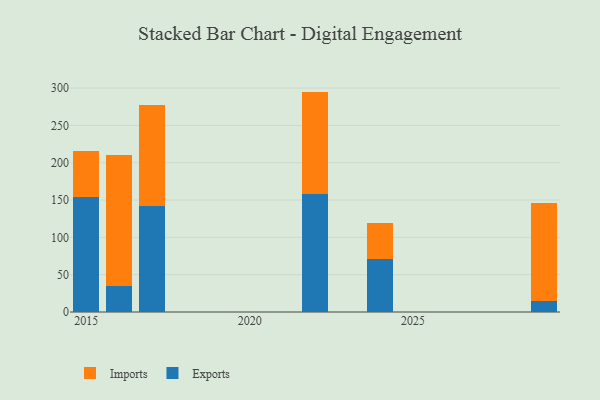
{"axis": {"x": "Year", "y": "Churn Rate (%)"}, "legend": ["Exports", "Imports"], "data": [{"x": "2029", "y": 15.2, "type": "Exports"}, {"x": "2029", "y": 130.3, "type": "Imports"}, {"x": "2016", "y": 34.8, "type": "Exports"}, {"x": "2016", "y": 175.6, "type": "Imports"}, {"x": "2024", "y": 70.8, "type": "Exports"}, {"x": "2024", "y": 48.8, "type": "Imports"}, {"x": "2022", "y": 157.7, "type": "Exports"}, {"x": "2022", "y": 137.6, "type": "Imports"}, {"x": "2017", "y": 141.9, "type": "Exports"}, {"x": "2017", "y": 135.4, "type": "Imports"}, {"x": "2015", "y": 153.8, "type": "Exports"}, {"x": "2015", "y": 61.7, "type": "Imports"}]}